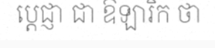
ប្តេជ្ញា ជា ឱឡារិក ថា